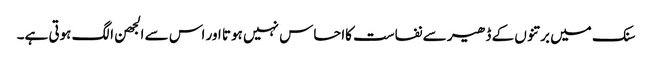
سنک میں برتنوں کے ڈھیر سے نفاست کااحساس نہیں ہوتا اور اس سے الجھن الگ ہوتی ہے۔